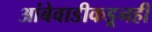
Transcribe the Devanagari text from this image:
आंबेवाडीकडूनही